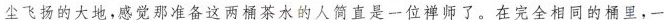
小飞扬的大地。感觉那准备这两桶茶水的人简直是一位禅师了。在完全相同的桶里。一